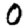
Digit: 0